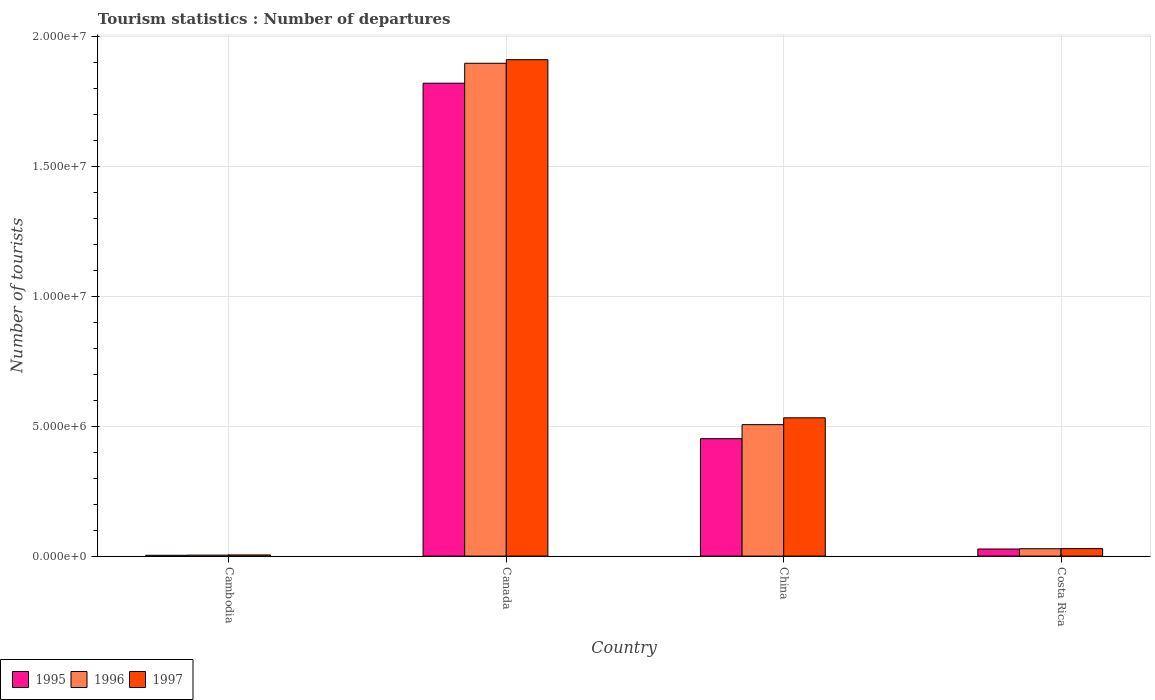
| Country | 1995 | 1996 | 1997 |
 | --- | --- | --- | --- |
 | Cambodia | 3.1e+04 | 3.8e+04 | 4.5e+04 |
 | Canada | 1.82e+07 | 1.9e+07 | 1.91e+07 |
 | China | 4.52e+06 | 5.06e+06 | 5.32e+06 |
 | Costa Rica | 2.73e+05 | 2.83e+05 | 2.88e+05 |